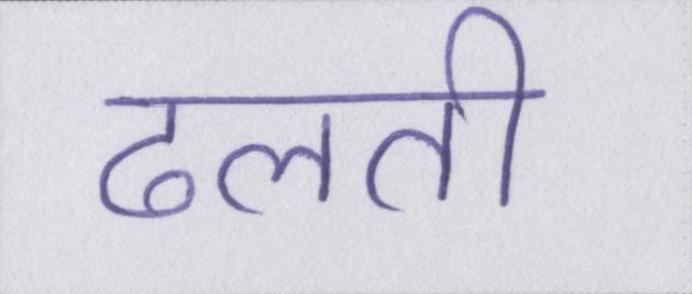
ढलती